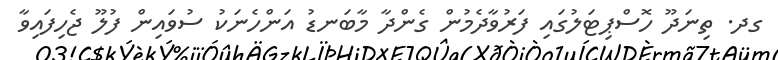
ގދ. ތިނަދޫ ހޮސްޕިޓަލުގައި ފަރުވާދެމުން ގެންދާ މާބަނޑު އަންހެނަކު ސުވައިން ފުލޫ ޖެހިފައިވާ